Insane asylums in Bengal annual reports 1867-1875 - 1867-1875
Year: 1867
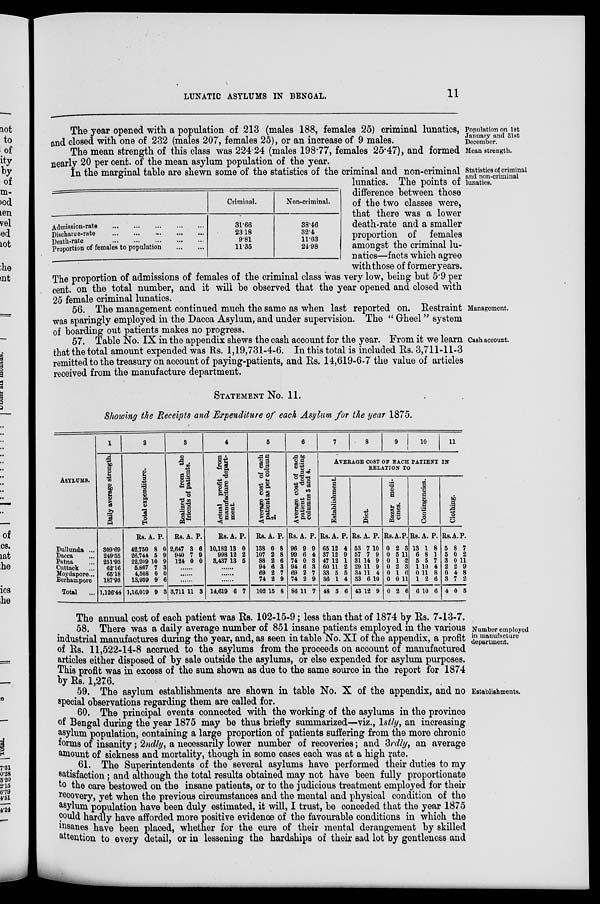
LUNATIC ASYLUMS IN BENGAL.
11
Population on 1st
January and 31st
December.
The year opened with a population of 213 (males 188, females 25) criminal lunatics,
and closed with one of 232 (males 207, females 25), or an increase of 9 males.
Mean strength.
The mean strength of this class was 224.24 (males 198.77, females 25.47), and formed
nearly 20 per cent. of the mean asylum population of the year.
Statistics of criminal
and non-criminal
lunatics.
Admission-rate
...
...
...
...
...
Discharge-rate ... ... ... ... ...
Death-rate
...
...
...
...
...
Proportion of females to population
...
...
Criminal.
31.66
23.18
9.81
11.35
Non-criminal.
38.46
32.4
11.63
24.98
In the marginal table are shewn some of the statistics of the criminal and non-criminal
lunatics. The points of
difference between those
of the two classes were,
that there was a lower
death-rate and a smaller
proportion of females
amongst the criminal lu-
natics—facts which agree
with those of former years.
The proportion of admissions of females of the criminal class was very low, being but 5.9 per
cent. on the total number, and it will be observed that the year opened and closed with
25 female criminal lunatics.
Management.
56. The management continued much the same as when last reported on. Restraint
was sparingly employed in the Dacca Asylum, and under supervision. The " Gheel" system
of boarding out patients makes no progress.
Cash account.
57. Table No. IX in the appendix shews the cash account for the year. From it we learn
that the total amount expended was Rs. 1,19,731-4-6. In this total is included Rs. 3,711-11-3
remitted to the treasury on account of paying-patients, and Rs. 14,619-6-7 the value of articles
received from the manufacture department.
STATEMENT No. 11.
Showing the Receipts and Expenditure of each Asylum for the year 1875.
ASYLUMS.
Dullunda ...
Dacca ...
Patna ...
Cuttack ...
Moydapore...
Berhampore
Total
...
1
Daily average strength.
309.69
249.55
251.93
62.16
65.18
187.93
1,126.44
2
Total expenditure.
Rs.
42,750
26,744
22,209
5,867
4,508
13,939
1,16,019
A.
8
5
10
7
0
9
9
P.
0
9
9
3
0
6
3
3
Realized from the
friends of patients.
Rs.
2,647
940
124
A.
3
7
0
P.
6
9
0
......
......
......
3,711 11 3
4
Actual profit from
manufacture depart-
ment.
Rs.
10,182
998
3,437
A.
13
12
13
P.
0
2
5
......
......
......
14,619 6 7
5
Average cost of each
patient as per column
2.
Rs.
138
107
88
94
69
74
102
A.
0
2
2
6
2
2
15
P.
8
8
6
3
7
9
8
6
Average cost of each
patient
deducting
columns 3 and 4.
Rs.
96
99
74
94
69
74
86
A.
9
6
0
6
2
2
11
P.
9
4
3
3
7
9
7
7
8
9
10
11
AVERAGE COST OF EACH PATIENT IN
RELATION TO
Establishment.
Rs.
65
37
47
60
33
36
48
A.
12
12
12
11
5
1
5
P.
4
9
1
2
5
4
6
Diet.
Rs.
53
57
31
29
34
33
43
A.
7
7
14
11
11
6
12
P.
10
9
9
9
4
10
9
Bazar medi-
cines.
Rs.
0
0
0
0
0
0
0
A.
2
5
1
2
1
0
2
P.
3
11
2
3
6
11
6
Contingencies.
Rs.
13
6
5
1
0
1
6
A.
1
8
5
10
11
2
10
P.
8
1
7
4
8
6
6
Clothing.
Rs.
5
5
3
2
0
3
4
A.
8
0
0
2
4
7
0
P.
7
2
11
9
8
2
5
Number employed
in manufacture
department.
The annual cost of each patient was Rs. 102-15-9; less than that of 1874 by Rs. 7-13-7.
58. There was a daily average number of 851 insane patients employed in the various
industrial manufactures during the year, and, as seen in table No. XI of the appendix, a profit
of Rs. 11,522-14-8 accrued to the asylums from the proceeds on account of manufactured
articles either disposed of by sale outside the asylums, or else expended for asylum purposes.
This profit was in excess of the sum shown as due to the same source in the report for 1874
by Rs. 1,276.
Establishments.
59. The asylum establishments are shown in table No. X of the appendix, and no
special observations regarding them are called for.
60. The principal events connected with the working of the asylums in the province
of Bengal during the year 1875 may be thus briefly summarized—viz., 1stly, an increasing
asylum population, containing a large proportion of patients suffering from the more chronic
forms of insanity ; 2ndly, a necessarily lower number of recoveries; and 3rdly, an average
amount of sickness and mortality, though in some cases each was at a high rate.
61. The Superintendents of the several asylums have performed their duties to my
satisfaction; and although the total results obtained may not have been fully proportionate
to the care bestowed on the insane patients, or to the judicious treatment employed for their
recovery, yet when the previous circumstances and the mental and physical condition of the
asylum population have been duly estimated, it will, I trust, be conceded that the year 1875
could hardly have afforded more positive evidence of the favourable conditions in which the
insanes have been placed, whether for the cure of their mental derangement by skilled
attention to every detail, or in lessening the hardships of their sad lot by gentleness and